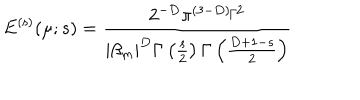
E ^ { \mathrm { ( s ) } } ( \mu ; s ) = \frac { 2 ^ { - D } \pi ^ { ( 3 - D ) / 2 } } { \left| \beta _ { m } \right| ^ { D } \Gamma \left( \frac { s } { 2 } \right) \Gamma \left( \frac { D + 1 - s } { 2 } \right) }